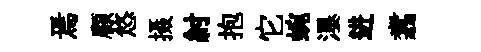
焉顧悠摄紂抱它蜿瀑进翥